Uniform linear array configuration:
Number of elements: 32
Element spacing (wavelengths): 0.25
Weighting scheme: cosine
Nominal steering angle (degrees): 15
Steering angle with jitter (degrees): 13.409
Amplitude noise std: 0.05
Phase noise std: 0.05

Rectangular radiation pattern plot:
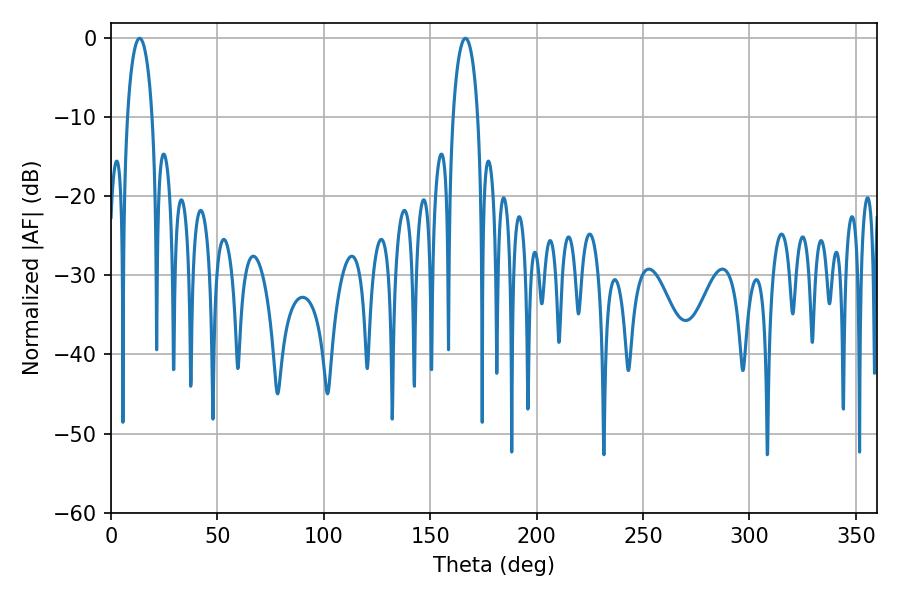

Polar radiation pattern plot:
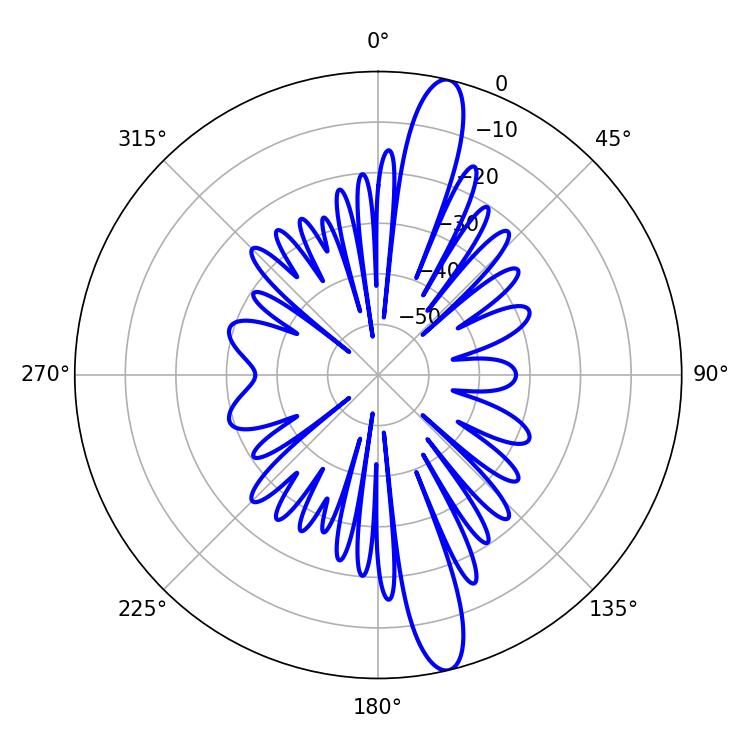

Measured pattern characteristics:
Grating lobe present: FALSE
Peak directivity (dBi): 15.251
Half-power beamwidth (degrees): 6.66
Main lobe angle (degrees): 13.5